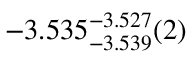
- 3 . 5 3 5 _ { - 3 . 5 3 9 } ^ { - 3 . 5 2 7 } ( 2 )